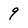
Character: 9